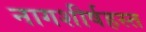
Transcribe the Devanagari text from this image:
नागशीर्षहस्त